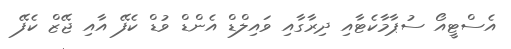
އެސްޓީއޯ ސުޕާމާކެޓާއި ދިރާގާއި ވައިލްޑް އެންޑް ވުޑް ކެފޭ އާއި ޖޭޒް ކެފޭ